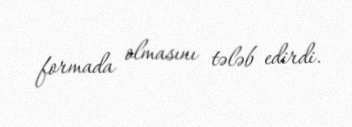
formada olmasını tələb edirdi.